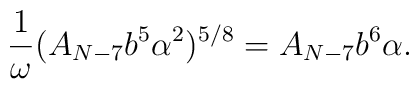
\frac{1}{\omega} (A_{N-7}b^5 \alpha^2)^{5/8}=A_{N-7}b^6 \alpha.